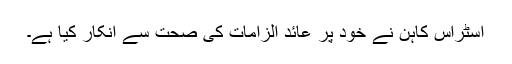
اسٹراس کاہن نے خود پر عائد الزامات کی صحت سے انکار کیا ہے۔